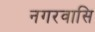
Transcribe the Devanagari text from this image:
नगरवासि